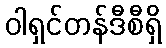
ဝါရှင်တန်ဒီစီရှိ